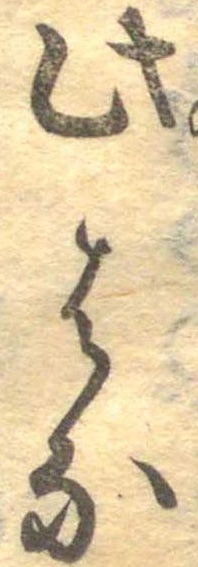
此はな